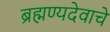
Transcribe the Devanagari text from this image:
ब्रह्मण्यदेवाचे